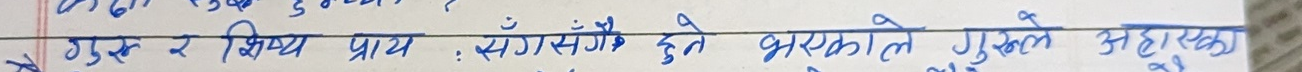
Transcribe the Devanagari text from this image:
गुरु र शिष्य प्राय सँगसँगै हुने भएकोले गुरुले अहारुका